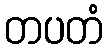
တပတံ